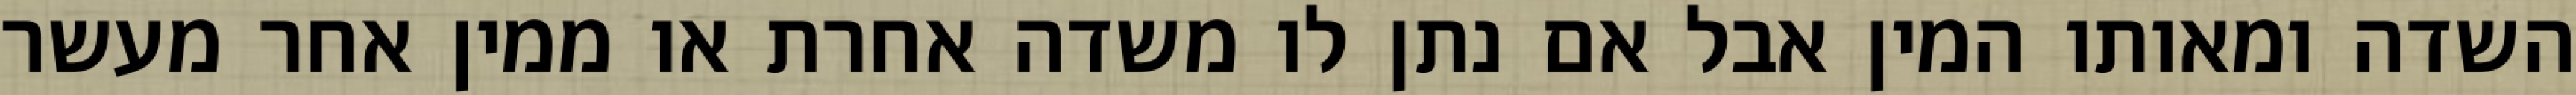
השדה ומאותו המין אבל אם נתן לו משדה אחרת או ממין אחר מעשר